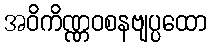
အဝိကိဏ္ဏဝစနဗျပ္ပထော